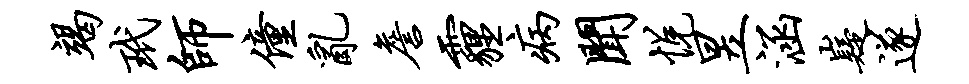
竭玳师僮乱詹霾病闻悦昱涵嶷遂